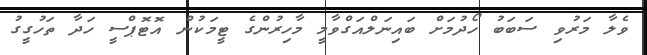
ވެލާ މަރުވި ސަބަބު ހޯދުމަށް ބައިނަލްއަގްވާމީ މާހިރުންގެ ޓީމަކުން އޮޓޮޕްސީ ހަދާ ތަހުގީގު